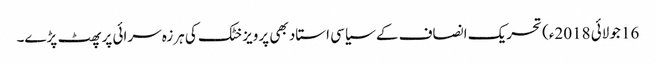
16 جولائی 2018ء) تحریک انصاف کے سیاسی استاد بھی پرویز خٹک کی ہرزہ سرائی پر پھٹ پڑے۔